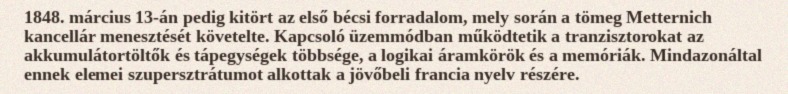
1848. március 13-án pedig kitört az első bécsi forradalom, mely során a tömeg Metternich kancellár menesztését követelte. Kapcsoló üzemmódban működtetik a tranzisztorokat az akkumulátortöltők és tápegységek többsége, a logikai áramkörök és a memóriák. Mindazonáltal ennek elemei szupersztrátumot alkottak a jövőbeli francia nyelv részére.